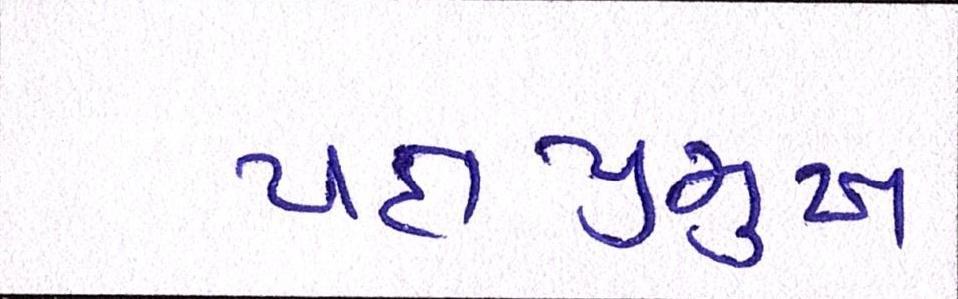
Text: પક્ષપ્રમુખ